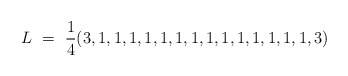
\begin{align*}L\ =\ {1\over4}(3,1,1,1,1,1,1,1,1,1,1,1,1,1,1,3)\end{align*}